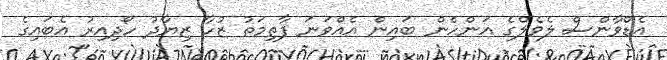
އެޑްވާންސް ލެވެލްގެ އަންހެން ބައިން އެއްވަނަ ފާތިމަތު ޒުހާ ޒިޔާދު ހޯދިއިރު އެބައިގެ